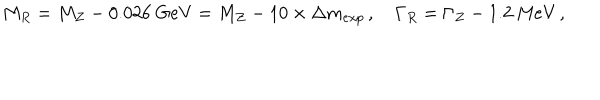
M _ { R } = M _ { Z } - 0 . 0 2 6 \ \mathrm { G e V } = M _ { Z } - 1 0 \times \Delta m _ { e x p } \, , \quad \Gamma _ { R } = \Gamma _ { Z } - 1 . 2 \ \mathrm { M e V } \, ,